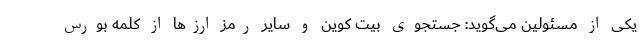
یکی از مسئولین می‌گوید: جستجوی بیت کوین و سایر رمز ارزها از کلمه بورس